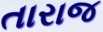
તારાજ